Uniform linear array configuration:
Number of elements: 8
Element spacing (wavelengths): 0.5
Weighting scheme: blackman
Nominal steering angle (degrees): -15
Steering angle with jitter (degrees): -16.52
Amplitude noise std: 0.05
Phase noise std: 0.05

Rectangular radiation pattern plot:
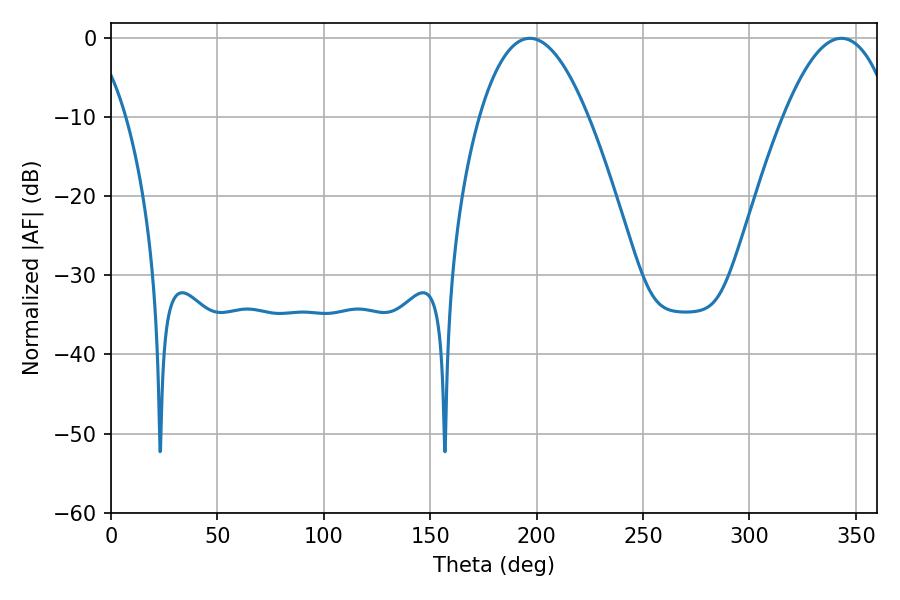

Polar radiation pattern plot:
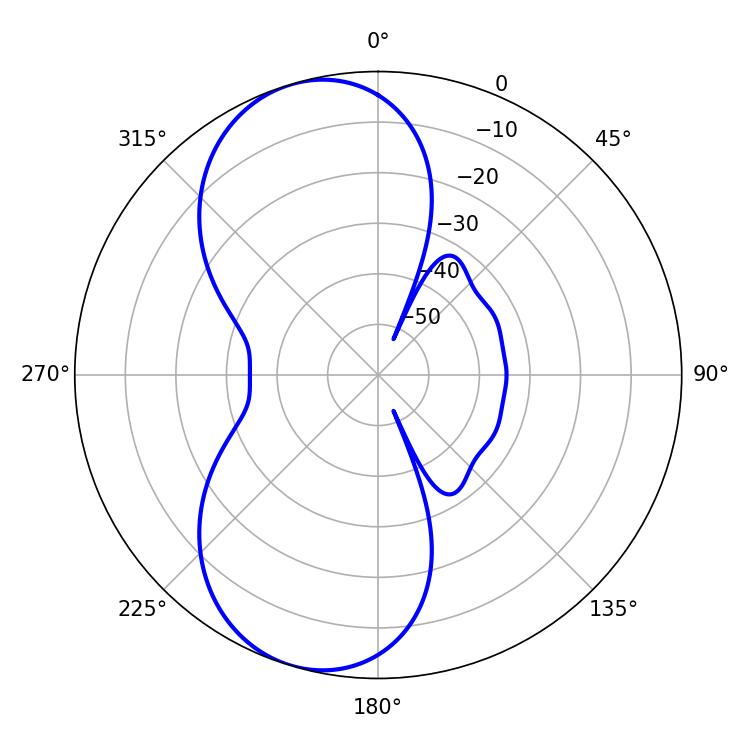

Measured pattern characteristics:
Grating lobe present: FALSE
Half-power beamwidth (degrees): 28.26
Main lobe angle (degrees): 196.74